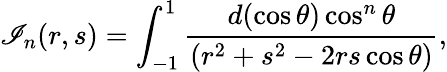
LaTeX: \mathscr{I}_{n}(r,s)=\int_{-1}^{1}\frac{{d(\cos{\theta})\cos^{n}\theta}}{{(r^{2}+s^{2}-2rs\cos\theta)}},